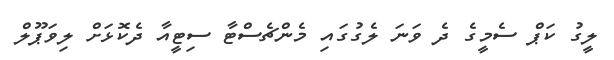
ލީގު ކަޕް ސެމީގެ ދެ ވަނަ ލެގުގައި މެންޗެސްޓާ ސިޓީއާ ދެކޮޅަށް ލިވަޕޫލް